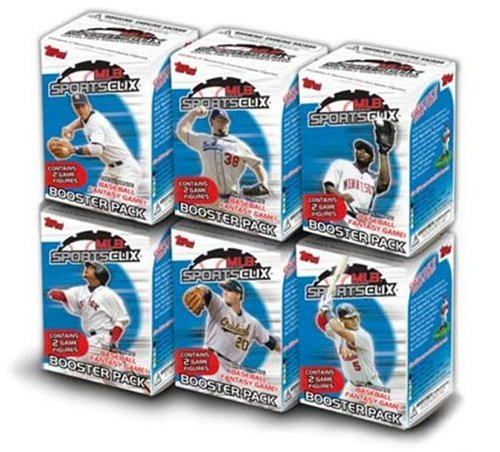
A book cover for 2005 MLB SportsClix Booster Pack; Science Fiction & Fantasy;